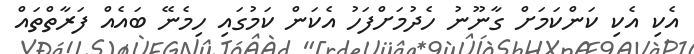
އެކި އެކި ކަންކަމަށް ގާނޫނު ހެދުމަށްފަހު އެކަން ކަމުގައި ހިމެނޭ ބައެއް ފަރާތްތައް